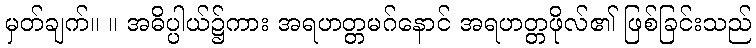
မှတ်ချက်။ ။ အဓိပ္ပါယ်၌ကား အရဟတ္တမဂ်နောင် အရဟတ္တဖိုလ်၏ ဖြစ်ခြင်းသည်